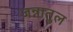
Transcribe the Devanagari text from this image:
जन्नातुल